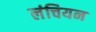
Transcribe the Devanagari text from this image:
लंचियन